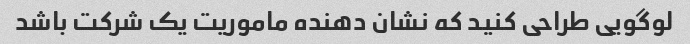
لوگویی طراحی کنید که نشان دهنده ماموریت یک شرکت باشد